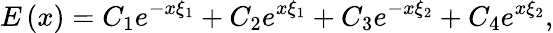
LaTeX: E\left(x\right)=C_{1}e^{-x\xi_{1}}+C_{2}e^{x\xi_{1}}+C_{3}e^{-x\xi_{2}}+C_{4}e^{x\xi_{2}},